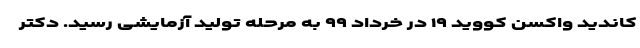
کاندید واکسن کووید ۱۹ در خرداد ۹۹ به مرحله تولید آزمایشی رسید. دکتر